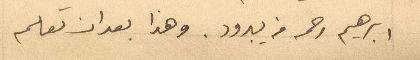
ابراهيم رحمه من يبرود. وهذا بعد ان تعلم